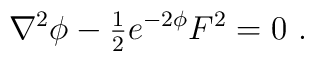
\nabla^{2}\phi - {\textstyle\frac{1}{2}} e^{-2\phi}F^{2} =0 \ .